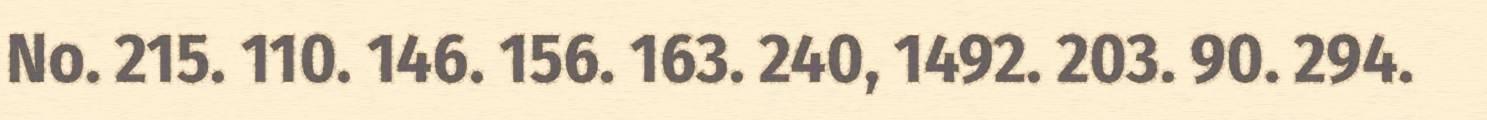
No. 215. 110. 146. 156. 163. 240, 1492. 203. 90. 294.